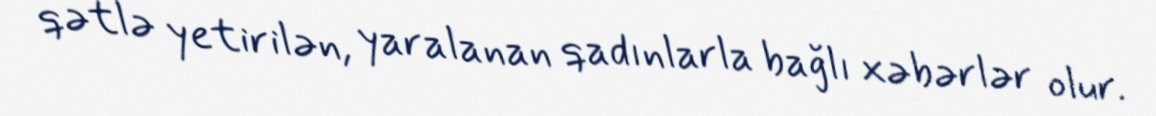
qətlə yetirilən, yaralanan qadınlarla bağlı xəbərlər olur.